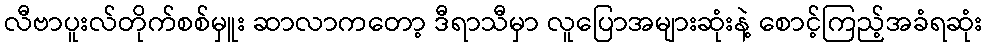
လီဗာပူးလ်တိုက်စစ်မှူး ဆာလာကတော့ ဒီရာသီမှာ လူပြောအများဆုံးနဲ့ စောင့်ကြည့်အခံရဆုံး